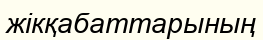
жікқабаттарының